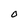
Character: O